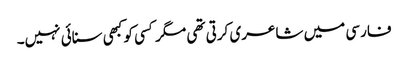
فارسی میں شاعری کرتی تھی مگر کسی کو کبھی سنائی نہیں۔